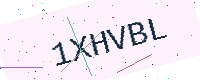
Text: 1XHVBL